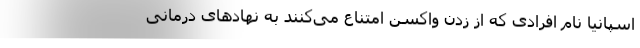
اسپانیا نام افرادی که از زدن واکسن امتناع می‌کنند به نهادهای درمانی